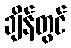
ချိန်တွင်